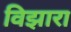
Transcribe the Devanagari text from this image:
विझारा